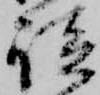
談